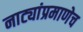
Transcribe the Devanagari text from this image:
नाट्यांप्रमाणेच